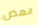
انهض